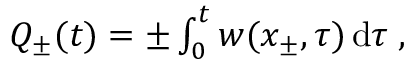
\begin{array} { r } { Q _ { \pm } ( t ) = \pm \int _ { 0 } ^ { t } w ( x _ { \pm } , \tau ) \, \mathrm { { d } } \tau \; , } \end{array}